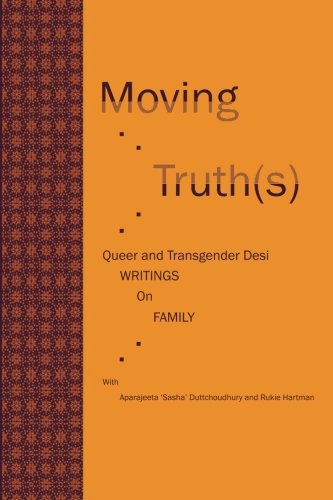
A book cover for Moving Truth(s): Queer and Transgender Desi Writings on Family; Aparajeeta 'Sasha' Duttchoudhury; Gay & Lesbian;